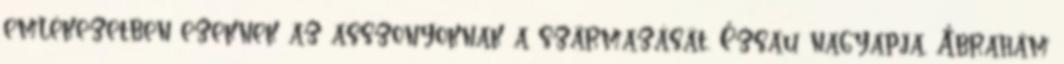
emlékezetben ezeknek az asszonyoknak a származását. Ézsau nagyapja, Ábrahám